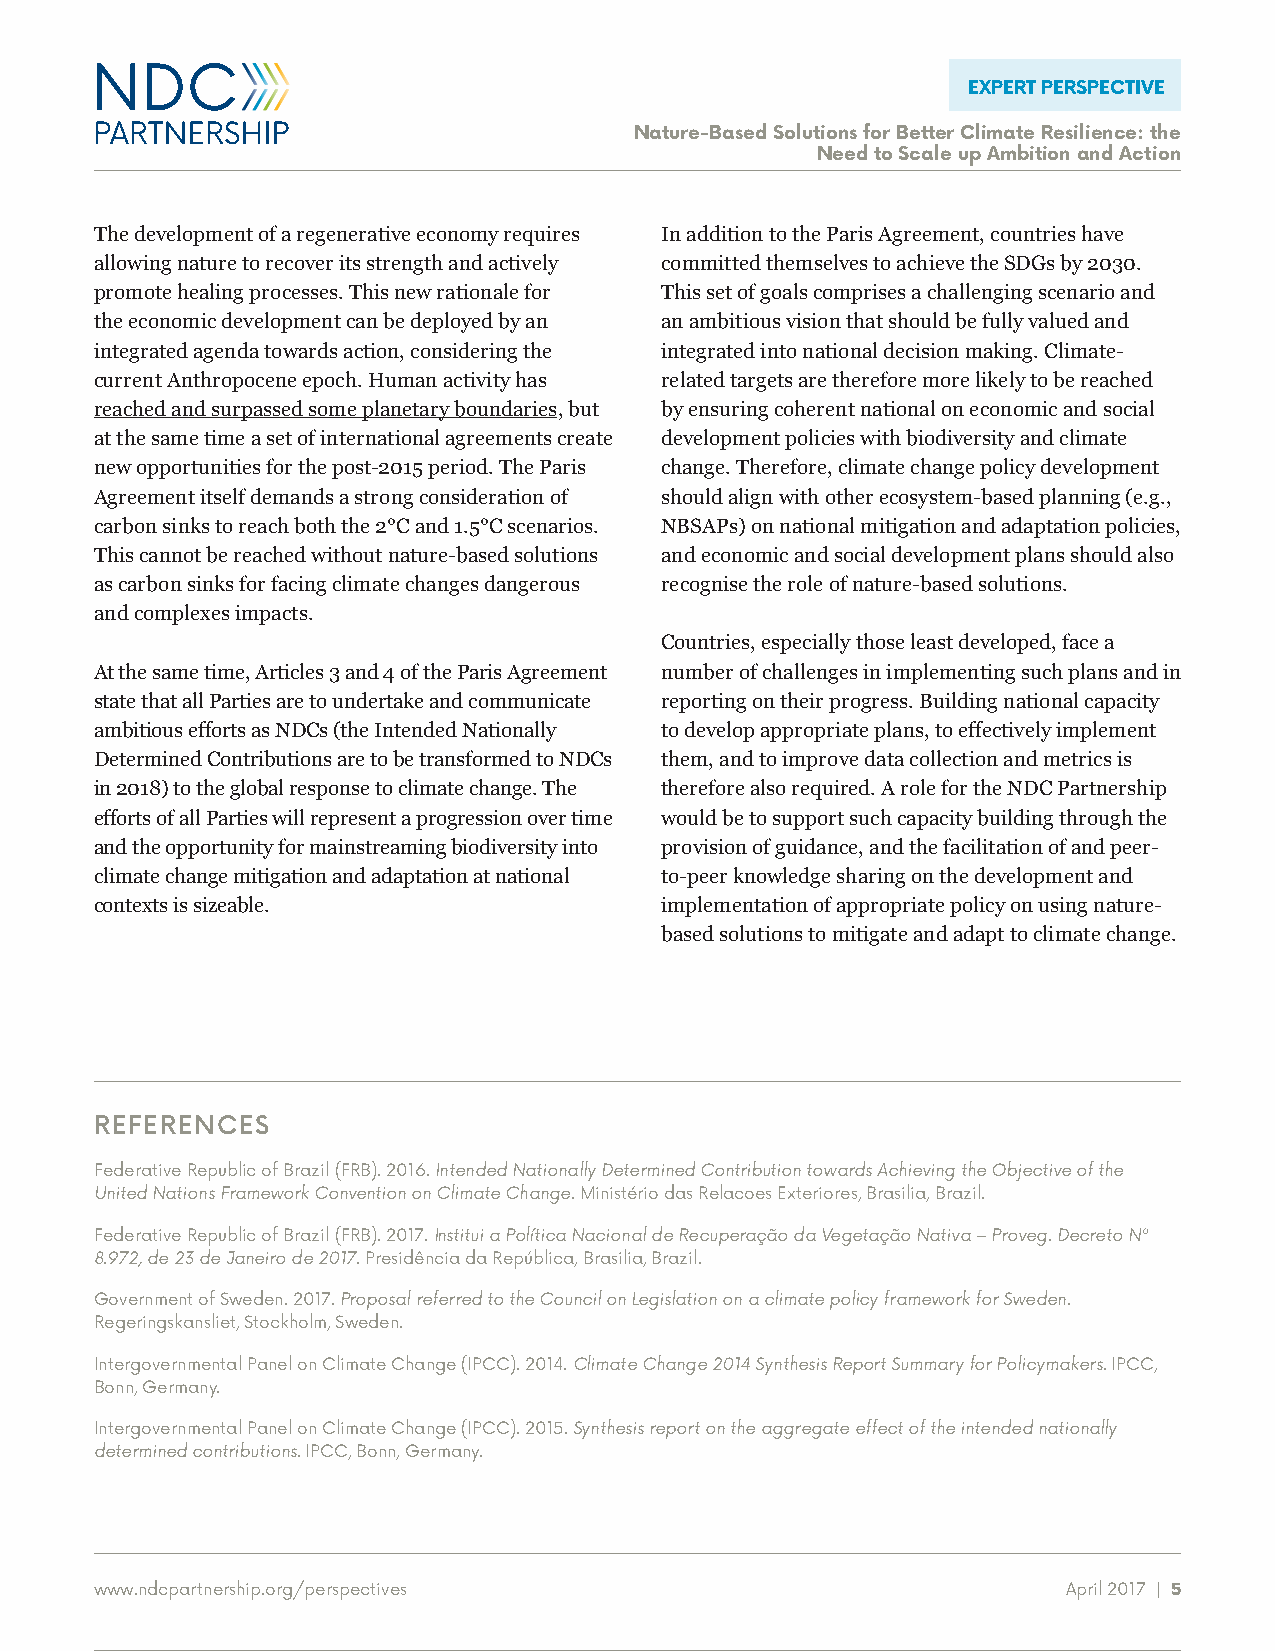
EXPERT PERSPECTIVE
 Nature-Based Solutions for Better Climate Resilience: the
 Need to Scale up Ambition and Action
 The development of a regenerative economy requires In addition to the Paris Agreement, countries have
 allowing nature to recover its strength and actively committed themselves to achieve the SDGs by 2030.
 promote healing processes. This new rationale for This set of goals comprises a challenging scenario and
 the economic development can be deployed by an an ambitious vision that should be fully valued and
 integrated agenda towards action, considering the integrated into national decision making. Climate-
 current Anthropocene epoch. Human activity has related targets are therefore more likely to be reached
 reached and surpassed some planetary boundaries, but by ensuring coherent national on economic and social
 at the same time a set of international agreements create development policies with biodiversity and climate
 new opportunities for the post-2015 period. The Paris change. Therefore, climate change policy development
 Agreement itself demands a strong consideration of should align with other ecosystem-based planning (e.g.,
 carbon sinks to reach both the 2°C and 1.5°C scenarios. NBSAPs) on national mitigation and adaptation policies,
 This cannot be reached without nature-based solutions and economic and social development plans should also
 as carbon sinks for facing climate changes dangerous recognise the role of nature-based solutions.
 and complexes impacts.
 Countries, especially those least developed, face a
 At the same time, Articles 3 and 4 of the Paris Agreement number of challenges in implementing such plans and in
 state that all Parties are to undertake and communicate reporting on their progress. Building national capacity
 ambitious efforts as NDCs (the Intended Nationally to develop appropriate plans, to effectively implement
 Determined Contributions are to be transformed to NDCs them, and to improve data collection and metrics is
 in 2018) to the global response to climate change. The therefore also required. A role for the NDC Partnership
 efforts of all Parties will represent a progression over time would be to support such capacity building through the
 and the opportunity for mainstreaming biodiversity into provision of guidance, and the facilitation of and peer-
 climate change mitigation and adaptation at national to-peer knowledge sharing on the development and
 contexts is sizeable.                 implementation of appropriate policy on using nature-
 based solutions to mitigate and adapt to climate change.
 REFERENCES
 Federative Republic of Brazil (FRB). 2016. Intended Nationally Determined Contribution towards Achieving the Objective of the
 United Nations Framework Convention on Climate Change. Ministério das Relacoes Exteriores, Brasilia, Brazil.
 Federative Republic of Brazil (FRB). 2017. Institui a Política Nacional de Recuperação da Vegetação Nativa – Proveg. Decreto Nº
 8.972, de 23 de Janeiro de 2017. Presidência da República, Brasilia, Brazil.
 Government of Sweden. 2017. Proposal referred to the Council on Legislation on a climate policy framework for Sweden.
 Regeringskansliet, Stockholm, Sweden.
 Intergovernmental Panel on Climate Change (IPCC). 2014. Climate Change 2014 Synthesis Report Summary for Policymakers. IPCC,
 Bonn, Germany.
 Intergovernmental Panel on Climate Change (IPCC). 2015. Synthesis report on the aggregate effect of the intended nationally
 determined contributions. IPCC, Bonn, Germany.
 www.ndcpartnership.org/perspectives                              April 2017 | 5